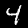
Digit: 4